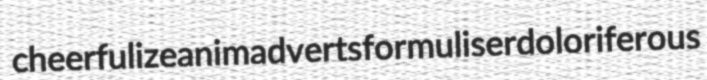
cheerfulize animadverts formuliser doloriferous